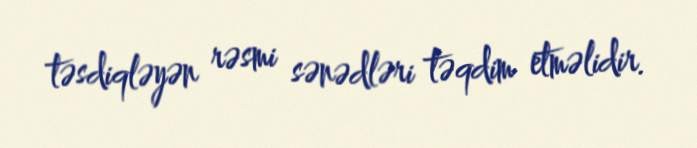
təsdiqləyən rəsmi sənədləri təqdim etməlidir.